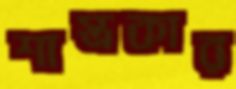
শাস্ত্রকার